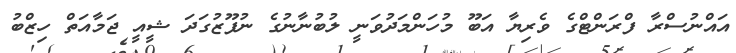
އައްނުސްރާ ފްރަންޓްގެ ވެރިޔާ އަބޫ މުހަންމަދުވަނީ ލުބުނާނުގެ ނުފޫޒުގަދަ ޝީއީ ޖަމާއަތް ހިޒްބު